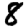
Digit: 8